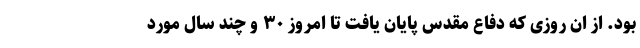
بود. از ان روزی که دفاع مقدس پایان یافت تا امروز ۳۰ و چند سال مورد